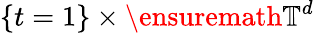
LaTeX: \{ t=1\} \times\ensuremath{\mathbb{T}}^{d}